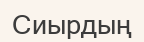
Сиырдың